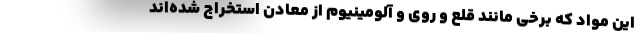
این مواد که برخی مانند قلع و روی و آلومینیوم از معادن استخراج شده‌اند